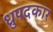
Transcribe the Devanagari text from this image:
ध्रुपदकार